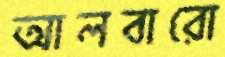
আলবারো